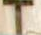
T